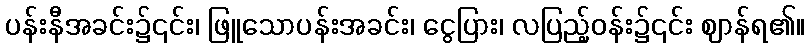
ပန်းနီအခင်း၌၎င်း၊ ဖြူသောပန်းအခင်း၊ ငွေပြား၊ လပြည့်ဝန်း၌၎င်း ဈာန်ရ၏။